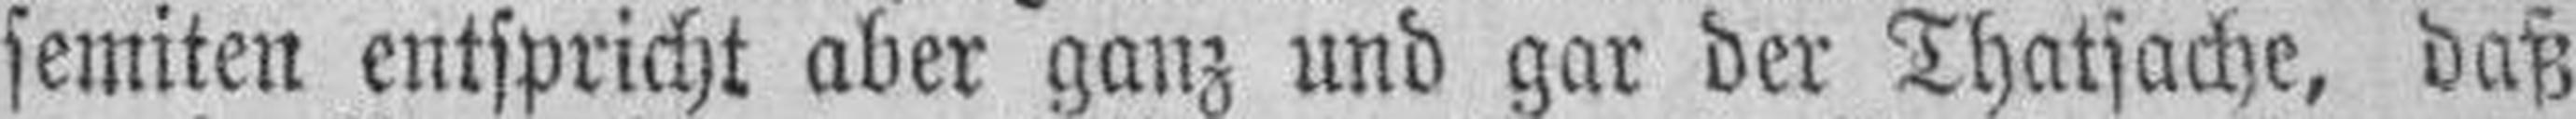
semiten entspricht aber ganz und gar der Thatsache, daß